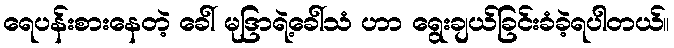
ရေပန်းစားနေတဲ့ ခေါ် မုဒြာရဲ့ခေါ်သံ ဟာ ရွေးချယ်ခြင်းခံခဲ့ရပါတယ်။